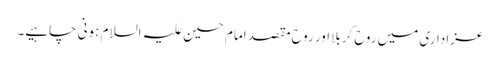
عزاداری میں روح کربلا اور روح مقصد امام حسین علیہ السلام ہونی چاہیے۔